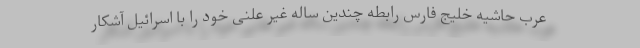
عرب حاشیه خلیج فارس رابطه چندین ساله غیر علنی خود را با اسرائیل آشکار